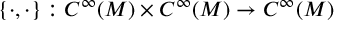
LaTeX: \{ \cdot , \cdot \} : C ^ { \infty } ( M ) \times C ^ { \infty } ( M ) \to C ^ { \infty } ( M )